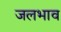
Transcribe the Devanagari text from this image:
जलभाव